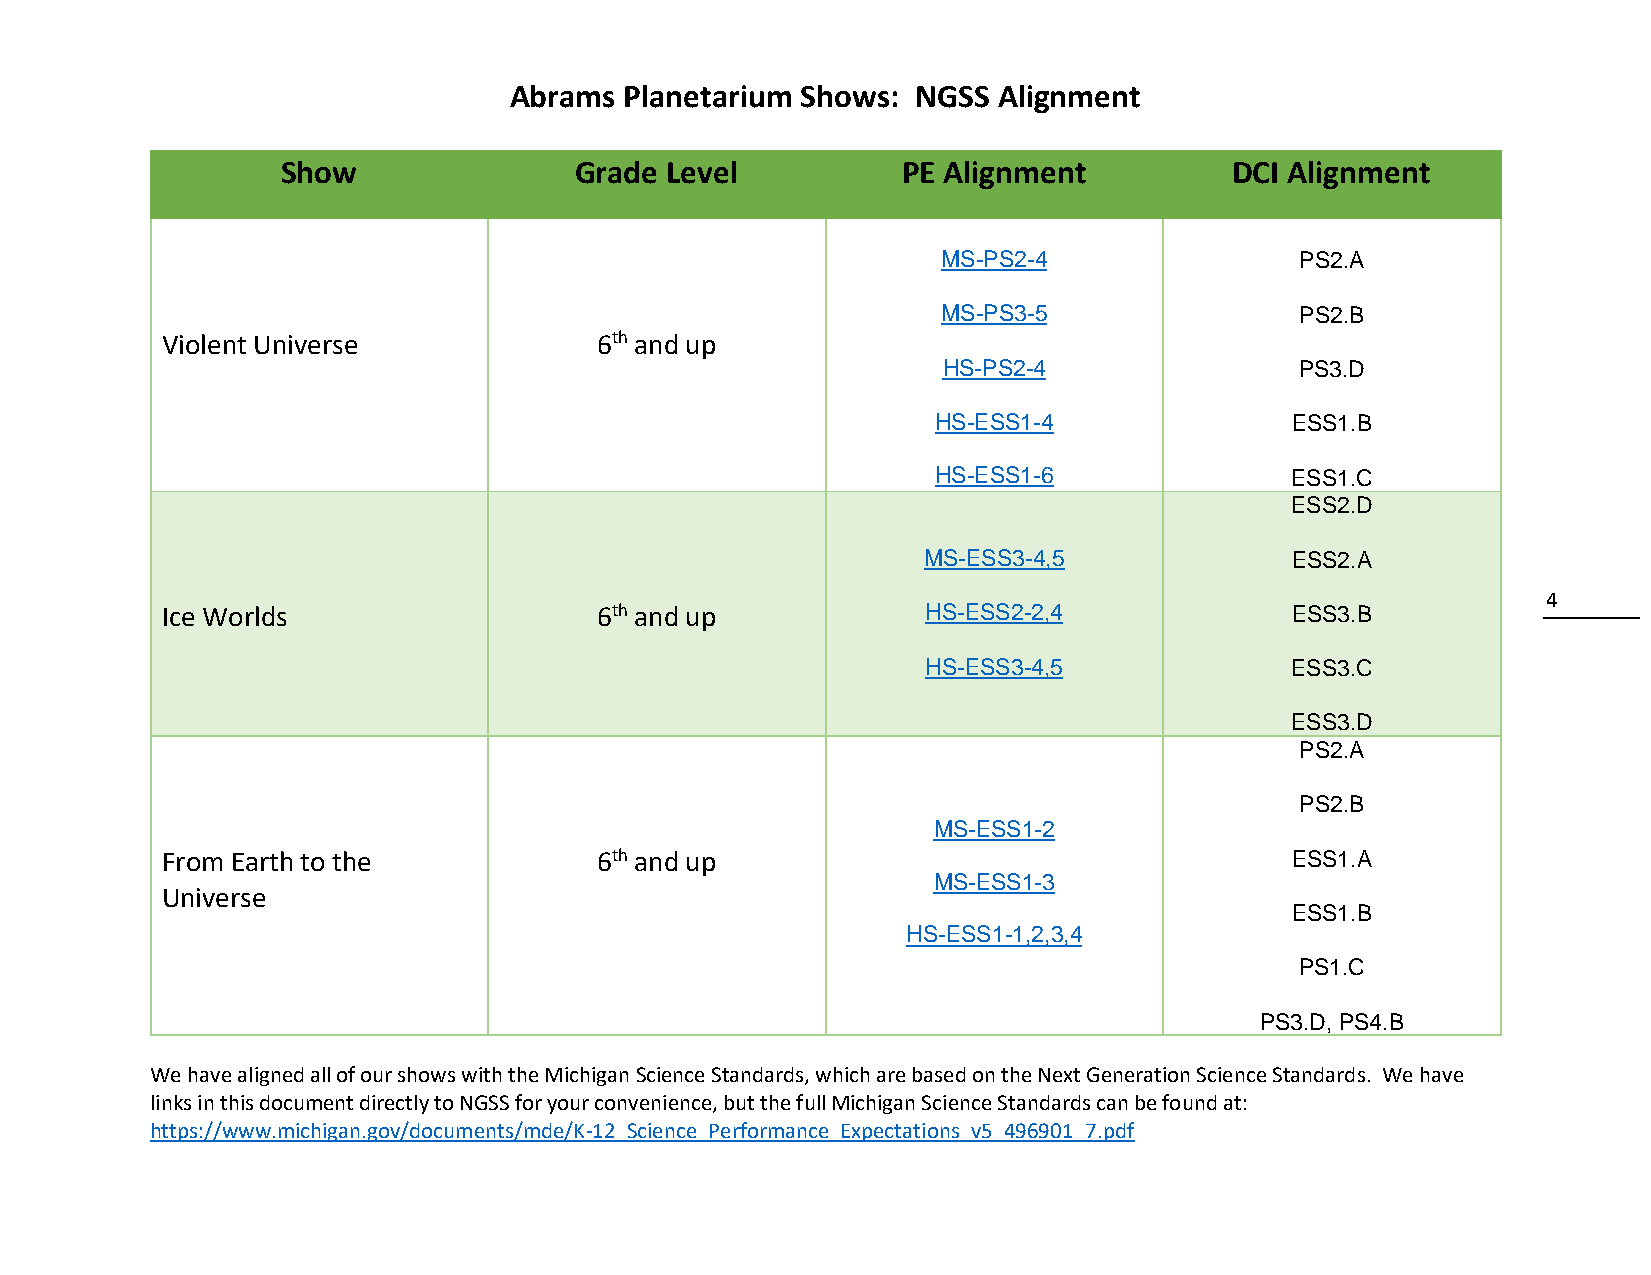
Abrams Planetarium Shows:  NGSS Alignment
 Show               Grade Level           PE Alignment          DCI Alignment
 MS-PS2-4                PS2.A
 MS-PS3-5                PS2.B
 Violent Universe            6th and up
 HS-PS2-4                PS3.D
 HS-ESS1-4              ESS1.B
 HS-ESS1-6              ESS1.C
 ESS2.D
 MS-ESS3-4,5             ESS2.A
 4
 Ice Worlds                  6th and up            HS-ESS2-2,4             ESS3.B
 HS-ESS3-4,5             ESS3.C
 ESS3.D
 PS2.A
 PS2.B
 MS-ESS1-2
 From Earth to the           6th and up                                    ESS1.A
 MS-ESS1-3
 Universe
 ESS1.B
 HS-ESS1-1,2,3,4
 PS1.C
 PS3.D, PS4.B
 We have aligned all of our shows with the Michigan Science Standards, which are based on the Next Generation Science Standards. We have
 links in this document directly to NGSS for your convenience, but the full Michigan Science Standards can be found at:
 https://www.michigan.gov/documents/mde/K-12_Science_Performance_Expectations_v5_496901_7.pdf